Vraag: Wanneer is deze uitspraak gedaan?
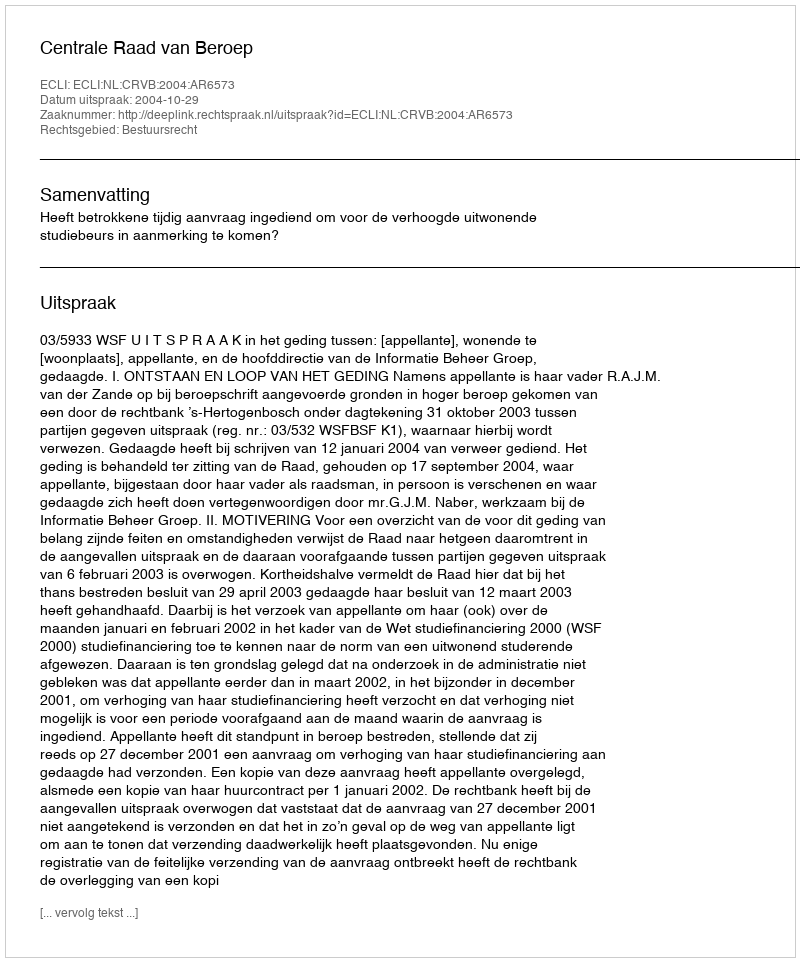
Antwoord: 2004-10-29